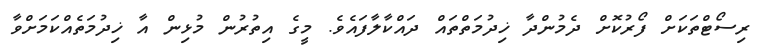
ރިސޯޓްތަކަށް ފޯރުކޮށް ދެމުންދާ ޚިދުމަތްތައް ދައްކާލާފައެވެ. މީގެ އިތުރުން މުޅިން އާ ޚިދުމަތެއްކަމަށްވާ